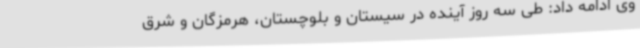
وی ادامه داد: طی سه روز آینده در سیستان و بلوچستان، هرمزگان و شرق